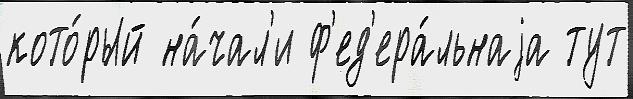
кото́рый на́чал'и ф'ед'ера́льнаjа тут